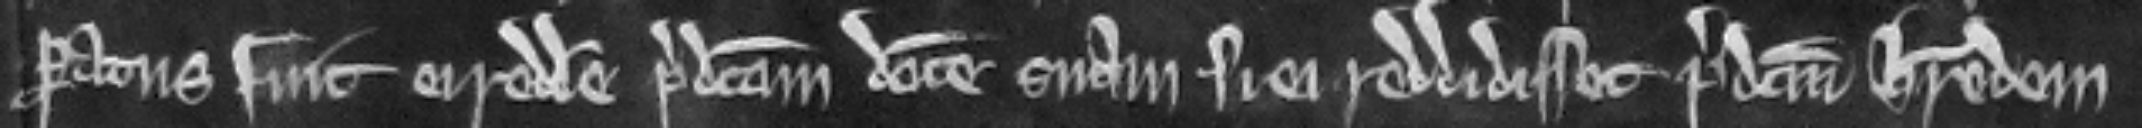
paratus fuit ei reddere predictam dotem suam si ei reddidisset predictum heredem